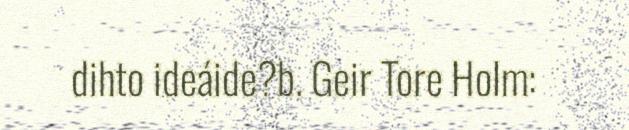
dihto ideáide?b. Geir Tore Holm: